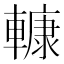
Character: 𨎍